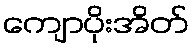
ကျောပိုးအိတ်